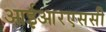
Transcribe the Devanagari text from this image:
आईआरएससी